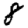
Digit: 8